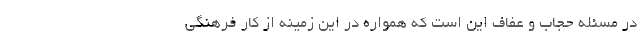
در مسئله حجاب و عفاف این است که همواره در این زمینه از کار فرهنگی